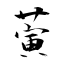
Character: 蔩